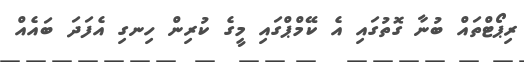
ރިޕޯޓްތައް ބުނާ ގޮތުގައި އެ ކޭމްޕްގައި މީގެ ކުރިން ހިނގި އެފަދަ ބައެއް